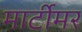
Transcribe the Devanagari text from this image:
मार्टीमर